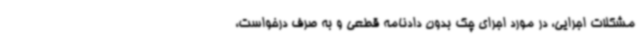
مشکلات اجرایی، در مورد اجرای چک بدون دادنامه قطعی و به صرف درخواست،